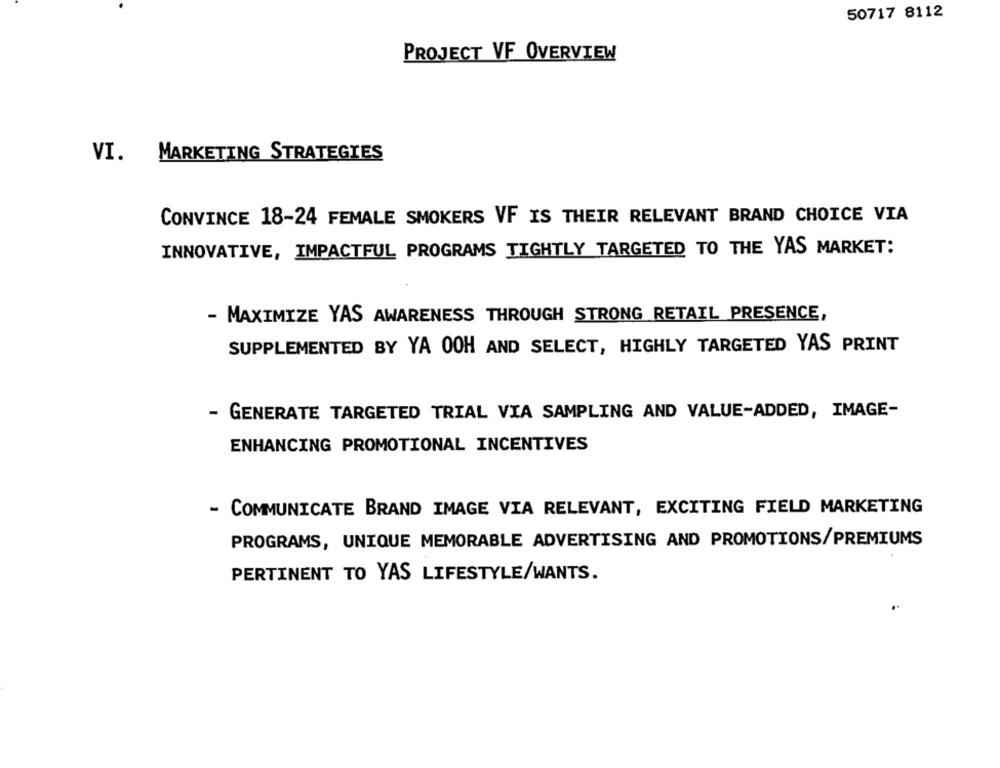
50717 8112
PROJECT VF OVERVIEW
VI.
MARKETING STRATEGIES
CONVINCE 18-24 FEMALE SMOKERS VF IS THEIR RELEVANT BRAND CHOICE VIA
INNOVATIVE, IMPACTFUL PROGRAMS TIGHTLY TARGETED TO THE YAS MARKET:
- MAXIMIZE YAS AWARENESS THROUGH STRONG RETAIL PRESENCE,
SUPPLEMENTED BY YA OOH AND SELECT, HIGHLY TARGETED YAS PRINT
- GENERATE TARGETED TRIAL VIA SAMPLING AND VALUE-ADDED, IMAGE-
ENHANCING PROMOTIONAL INCENTIVES
- COMMUNICATE BRAND IMAGE VIA RELEVANT, EXCITING FIELD MARKETING
PROGRAMS, UNIQUE MEMORABLE ADVERTISING AND PROMOTIONS/PREMIUMS
PERTINENT TO YAS LIFESTYLE/WANTS.